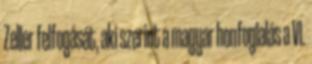
Zeller felfogását, aki szerint a magyar honfoglalás a VI.